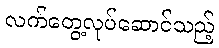
လက်တွေ့လုပ်ဆောင်သည့်